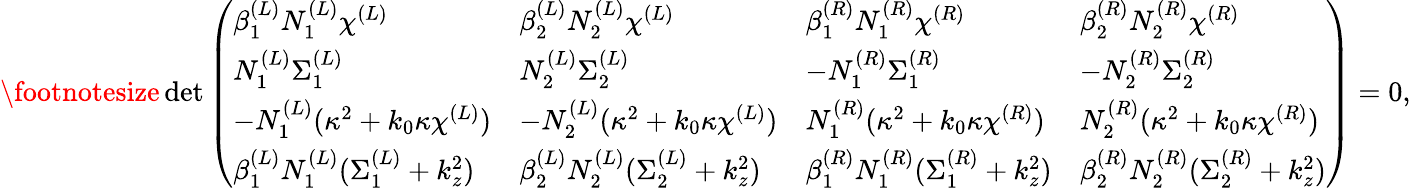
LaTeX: \footnotesize\operatorname*{d\mathrm{e}t}\left(\begin{array}{llll}{\beta_{1}^{(L)}N_{1}^{(L)}\chi^{(L)}}&{\beta_{2}^{(L)}N_{2}^{(L)}\chi^{(L)}}&{\beta_{1}^{(R)}N_{1}^{(R)}\chi^{(R)}}&{\beta_{2}^{(R)}N_{2}^{(R)}\chi^{(R)}}\\ {N_{1}^{(L)}\Sigma_{1}^{(L)}}&{N_{2}^{(L)}\Sigma_{2}^{(L)}}&{-N_{1}^{(R)}\Sigma_{1}^{(R)}}&{-N_{2}^{(R)}\Sigma_{2}^{(R)}}\\ {-N_{1}^{(L)}(\kappa^{2}+k_{0}\kappa\chi^{(L)})}&{-N_{2}^{(L)}(\kappa^{2}+k_{0}\kappa\chi^{(L)})}&{N_{1}^{(R)}(\kappa^{2}+k_{0}\kappa\chi^{(R)})}&{N_{2}^{(R)}(\kappa^{2}+k_{0}\kappa\chi^{(R)})}\\ {\beta_{1}^{(L)}N_{1}^{(L)}(\Sigma_{1}^{(L)}+k_{z}^{2})}&{\beta_{2}^{(L)}N_{2}^{(L)}(\Sigma_{2}^{(L)}+k_{z}^{2})}&{\beta_{1}^{(R)}N_{1}^{(R)}(\Sigma_{1}^{(R)}+k_{z}^{2})}&{\beta_{2}^{(R)}N_{2}^{(R)}(\Sigma_{2}^{(R)}+k_{z}^{2})}\end{array}\right)=0,